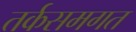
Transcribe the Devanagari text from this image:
तर्कसमगत